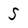
Character: S